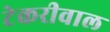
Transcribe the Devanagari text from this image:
टेकरीवाल